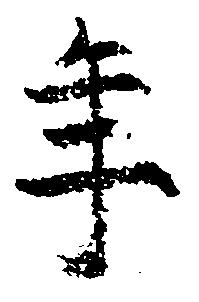
年